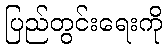
ပြည်တွင်းရေးကို